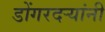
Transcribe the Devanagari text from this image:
डोंगरदर्‍यांनी